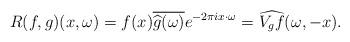
LaTeX: \begin{align*}R(f,g)(x, \omega) = f(x) \overline{\widehat{g}(\omega)} e^{-2 \pi i x \cdot \omega} = \widehat{V_g f} (\omega, -x).\end{align*}